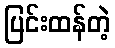
ပြင်းထန်တဲ့